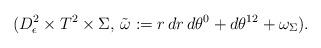
LaTeX: \begin{align*}(D^2_\epsilon \times T^2 \times \Sigma, \, \Tilde{\omega}:= r \, dr \, d\theta^0 + d\theta^{12} + \omega_\Sigma).\end{align*}